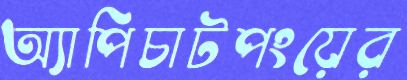
অ্যাপিচাটপংয়ের